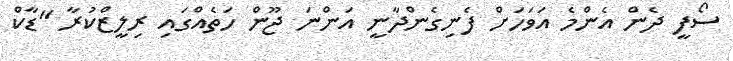
ސޯފީ ދެން އެންމެ އަވަހަށް ފެނިގެންދާނީ އަންނަ ޖޫން ހަތެއްގައި ރިލީޒްކުރާ "ޑާކް